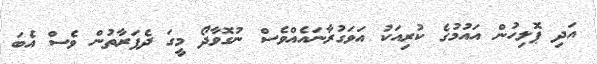
އަދި ޕޮލިހުން އައުމުގެ ކުރިއަކު އަވަގުރާނައެއްވެސް ނުގޮވާދޯ މީގަ ދެފަރާތުން ވެސް އެބަ